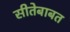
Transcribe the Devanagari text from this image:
सीतेबाबत